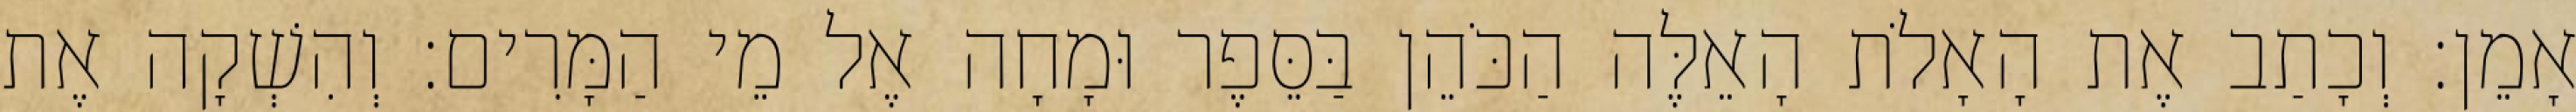
אָמֵן׃ וְכָתַב אֶת הָאָלֹת הָאֵלֶּה הַכֹּהֵן בַּסֵּפֶר וּמָחָה אֶל מֵי הַמָּרִים׃ וְהִשְׁקָה אֶת